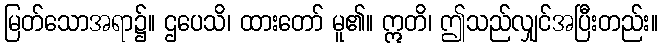
မြတ်သောအရာ၌။ ဌပေသိ၊ ထားတော် မူ၏။ ဣတိ၊ ဤသည်လျှင်အပြီးတည်း။